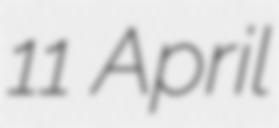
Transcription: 11 April